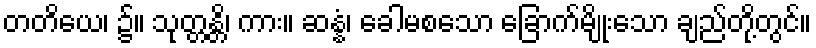
တတိယေ၊ ၌။ သုတ္တန္တိ၊ ကား။ ဆန္နံ၊ ခေါမစသော ခြောက်မျိုးသော ချည်တို့တွင်။